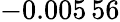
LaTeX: -0.005\, 56